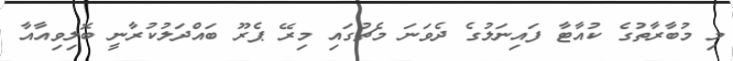
މި މުބާރާތުގެ ކުއާޓާ ފައިނަލުގެ ދެވަނަ މެޗުގައި މިރޭ ޕެރޫ ބައްދަލުކުރާނީ ބޮލިވިއާއާ